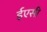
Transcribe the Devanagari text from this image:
ईएसी